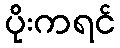
ပိုးကရင်